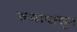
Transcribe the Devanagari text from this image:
रुप्यापासून